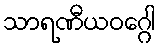
သာရဏီယဝဂ္ဂေါ